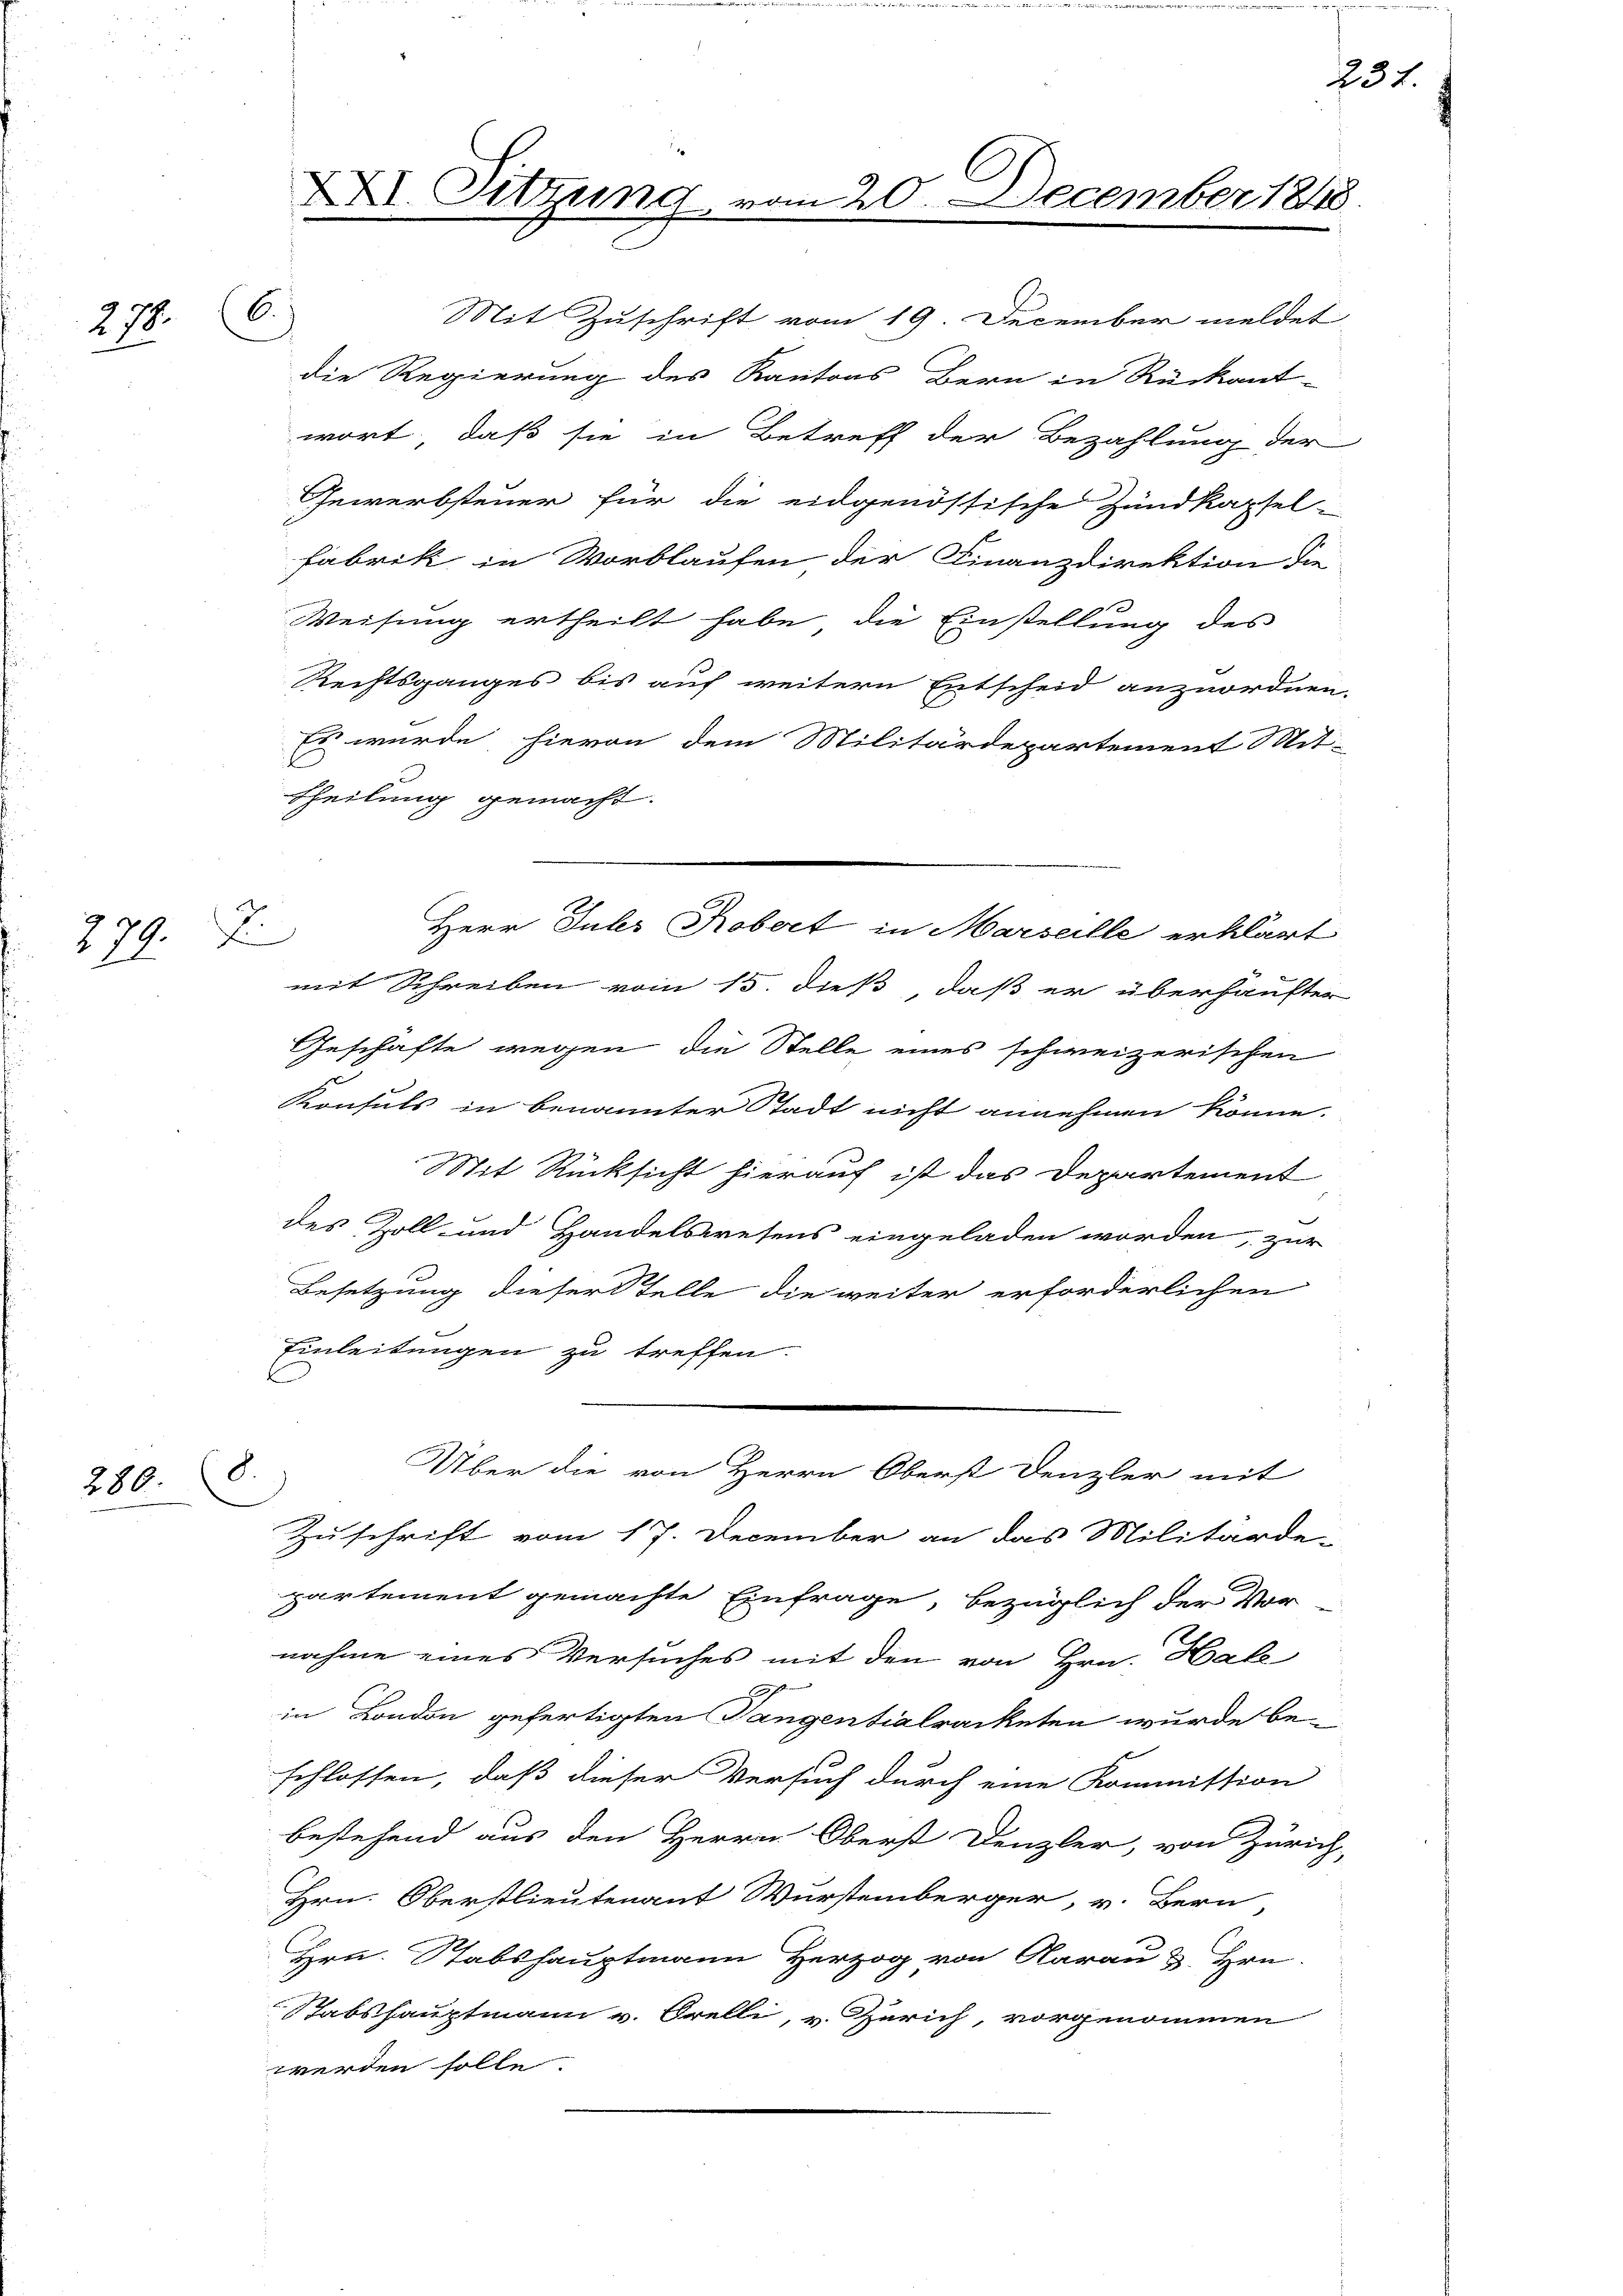
279.

79.7.
22.

280. 8.

6.

XXI. Sitzung

Mit Zuschrift vom 19. December meldet
die Regierung des Kantons Bern in Rückant-
wort, daß sie in Betreff der Bezahlung der
Gewerbsteuer für die eidgenössische Zundkapsel-
Fabrik in Vorblaufen der Finanzdirektion die
Weisung ertheilt habe, die Einstellung des
Rechtsganges bis auf weitern Entscheid anzuordnen.
Es wurde hievon dem Militärdepartement Mit-
theilung gemacht.
Herr Juli Robert in Marseille erklärt
mit Schreiben vom 15. dieß, daß er überhaufter
Geschäfte wegen die Stelle eines schweizerischen
Konsuls in benannter Stadt nicht annehmen könne.
Mit Rücksicht hierauf ist das Departement
des Zoll- und Handelswesens eingeladen worden, zur
Besetzung dieser Telle die weiter erforderlichen
Einleitungen zu treffen.
Über die von Herrn Oberst Denzler mit
Zuschrift vom 17. December an das Militärde-
partement gemachte Einfrage, bezüglich der Vor-
nahme eines Versuches mit den von Hrn. Hak
1
in London gefertigten Tangentialracketen wurde be-
schlossen, daß dieser Versuch durch eine Kommission
bestehend aus den Herrn Oberst Denzler, von Zürich,
Hrn. Oberstlieutenant Wurstemberger, v. Bern,
Hrn. Stabshauptmann Herzog von Aarau & Hrn.
Tabshauptmann v. Orelli, u. Zürich, vorgenommen
werden solle.

20. December 1848.

234.